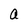
Character: a